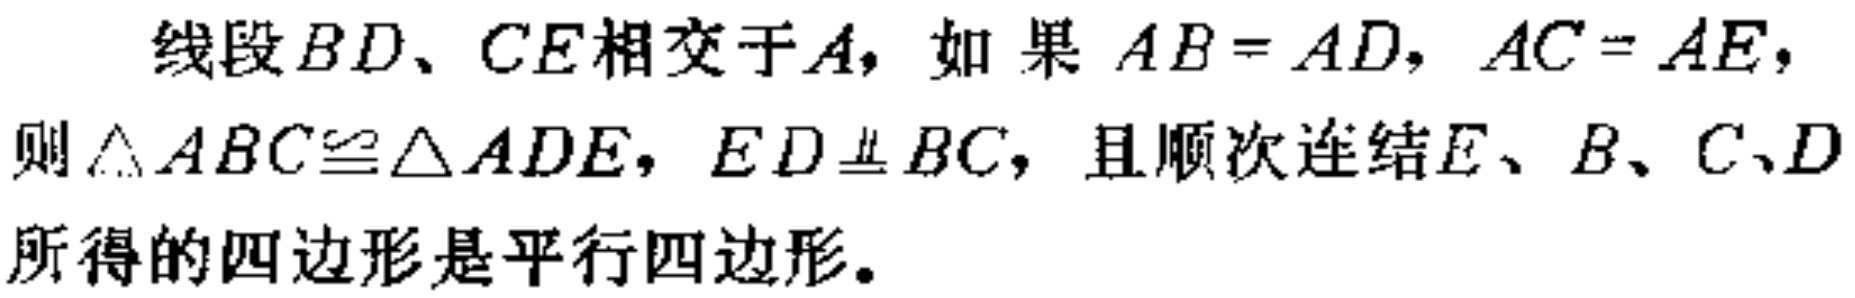
线段\(BD\)、\(CE\)相交于\(A\)，如果 \(AB = AD\)，\(AC = AE\)，则\(\triangle ABC\cong\triangle ADE\)，\(ED\equalparallel BC\)，且顺次连结\(E\)、\(B\)、\(C\)、\(D\)所得的四边形是平行四边形。